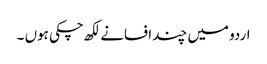
اردو میں چند افسانے لکھ چکی ہوں ۔